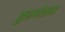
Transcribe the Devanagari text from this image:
कुरुक्षेत्रास